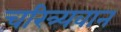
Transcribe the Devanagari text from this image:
चरित्र्यवान